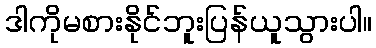
ဒါကိုမစားနိုင်ဘူးပြန်ယူသွားပါ။